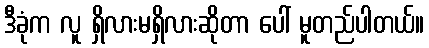
ဒီခုံက လူ ရှိလားမရှိလားဆိုတာ ပေါ် မူတည်ပါတယ်။